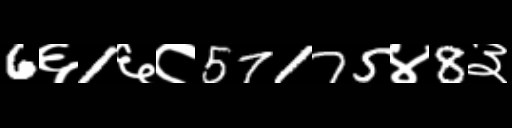
Text: 6६1६८57175४8३